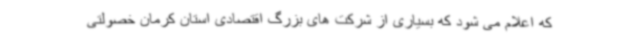
که اعلام می شود که بسیاری از شرکت های بزرگ اقتصادی استان کرمان خصولتی